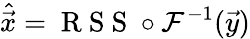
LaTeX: \hat{\vec{x}}=\mathrm{~R~S~S~}\circ\mathcal{F}^{-1}(\vec{y})